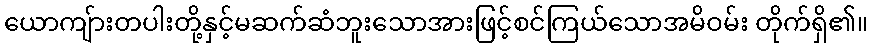
ယောကျ်ားတပါးတို့နှင့်မဆက်ဆံဘူးသောအားဖြင့်စင်ကြယ်သောအမိဝမ်း တိုက်ရှိ၏။